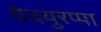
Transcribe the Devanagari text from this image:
येदयुरप्पा